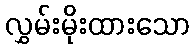
လွှမ်းမိုးထားသော